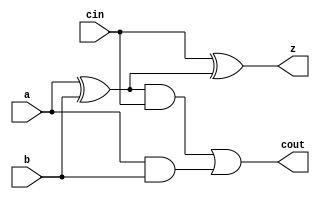
module yAdder1(z, cout, a, b, cin);
output z, cout;
input a, b, cin;
xor left_xor(tmp, a, b);
xor right_xor(z, cin, tmp);
and left_and(outL, a, b);
and right_and(outR, tmp, cin);
or my_or(cout, outR, outL);
endmodule 


module labL;

   reg a, b, cin;
   reg [1:0] expect;
   wire z, cout;
   yAdder1 adder(z, cout, a, b, cin);
   integer i, j, k;

   initial
     begin
        for (i = 0; i < 2; i = i + 1)
          for (j = 0; j < 2; j = j + 1)
            for (k = 0; k < 2; k = k + 1)
              begin
                 a = i;
                 b = j;
                 cin = k;

                 expect = a + b + cin;

                 #1; // wait for z and cout
                 if (expect[1] !== cout || expect[0] !== z)
                   $display("FAIL: a=%b b=%b cin=%b z=%b (expected %b) cout=%b (expected %b)",
                            a, b, cin, z, expect[0], cout, expect[1]);
              end
        $finish;
     end

endmodule // LabL